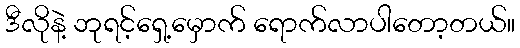
ဒီလိုနဲ့ ဘုရင့်ရှေ့မှောက် ရောက်လာပါတော့တယ်။